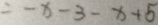
= - x - 3 - x + 5